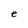
Character: e